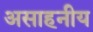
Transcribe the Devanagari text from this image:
असाहनीय